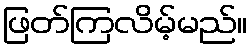
ဖြတ်ကြလိမ့်မည်။